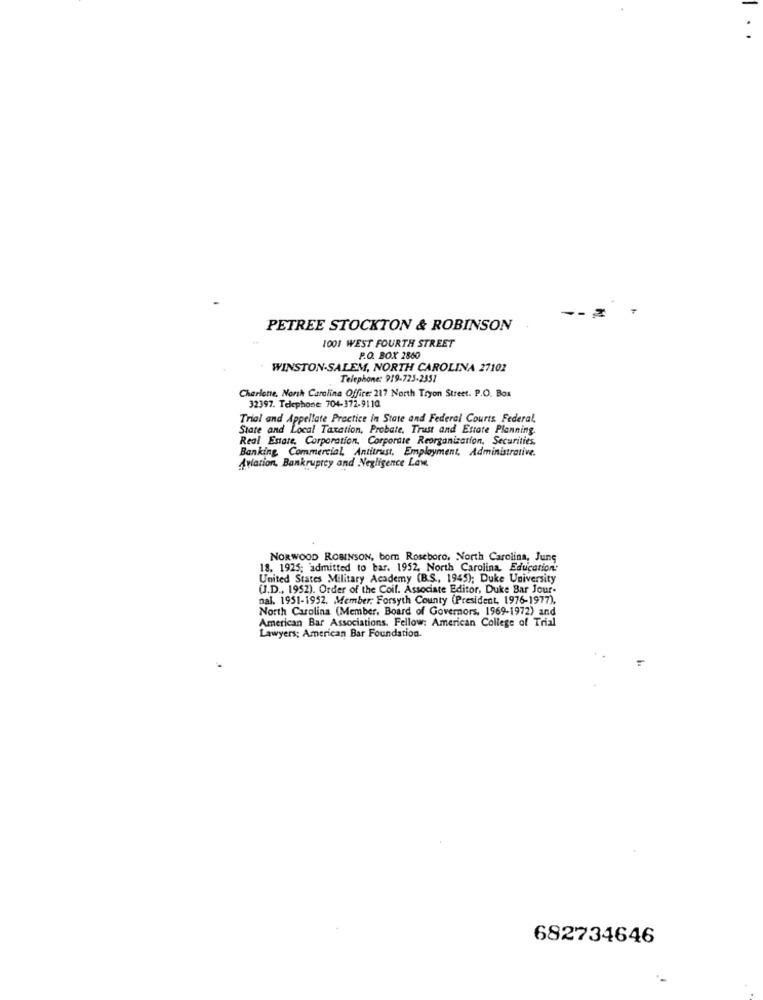
-
PETREE STOCKTON & ROBINSON
1001 WEST FOURTH STREET
P.O. BOX 2860
WINSTON-SALEM, NORTH CAROLINA 27102
Telephone: 919-725-2351
Charlotte, North Carolina Office: 217 North Tryon Street. P.O. Box
32397. Telephone: 704-372-9110
Trial and Appellate Practice in State and Federal Courts Federal,
State and Local Taxation, Probate, Trust and Estate Planning.
Real Estate, Corporation, Corporate Reorganization. Securities,
Banking Commercial Antitrust, Employment, Administrative.
Aviation, Bankruptcy and Negligence Law.
NORWOOD ROBINSON, bom Roseboro, North Carolina, Jung
18. 1925; admitted to bar. 1952, North Carolina, Education:
United States Military Academy (B.S ., 1945); Duke University
(J.D ., 1952). Order of the Coif. Associate Editor, Duke Bar Jour-
nal. 1951-1952. Member: Forsyth County (President, 1976-1977),
North Carolina (Member, Board of Governors, 1969-1972) and
American Bar Associations. Fellow: American College of Trial
Lawyers; American Bar Foundation.
682734646